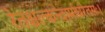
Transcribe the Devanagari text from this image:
रेतश्चल्कन्दार्माघरेतसः।